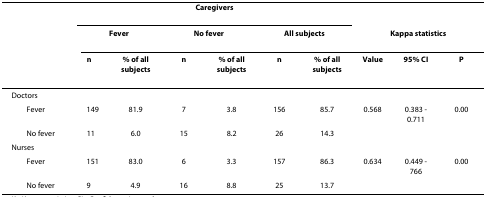
|  | <COLSPAN=6> Caregivers |  |  |  |
 |  | <COLSPAN=2> Fever | <COLSPAN=2> No fever | <COLSPAN=2> All subjects | <COLSPAN=3> Kappa statistics |
 |  | n | % of all subjects | n | % of all subjects | n | % of all subjects | Value | 95% CI | P |
 | --- | --- | --- | --- | --- | --- | --- | --- | --- | --- |
 | Doctors |  |  |  |  |  |  |  |  |  |
 | Fever | 149 | 81.9 | 7 | 3.8 | 156 | 85.7 | 0.568 | 0.383 - 0.711 | 0.00 |
 | No fever | 11 | 6.0 | 15 | 8.2 | 26 | 14.3 |  |  |  |
 | Nurses |  |  |  |  |  |  |  |  |  |
 | Fever | 151 | 83.0 | 6 | 3.3 | 157 | 86.3 | 0.634 | 0.449 - 766 | 0.00 |
 | No fever | 9 | 4.9 | 16 | 8.8 | 25 | 13.7 |  |  |  |